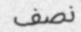
نصف